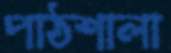
পাঠশালা